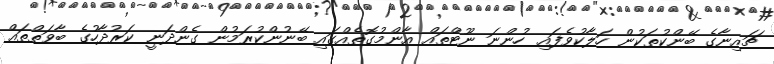
ޗައިނާގެ ބޭންކުތަކުން ހަލާކުވެފައި ހުންނަ ނޫޓްތައް އާންމުގޮތެއްގައި ބޭނުންކުރަމުން ގެންދަނީ ކަރުދާހުގެ ބާވަތްތައް